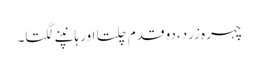
چہرہ زرد،دو قدم چلتا اور ہانپنے لگتا۔